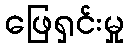
ဖြေရှင်းမှု